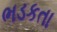
ભડકતા